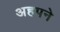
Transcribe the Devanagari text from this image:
अहपने